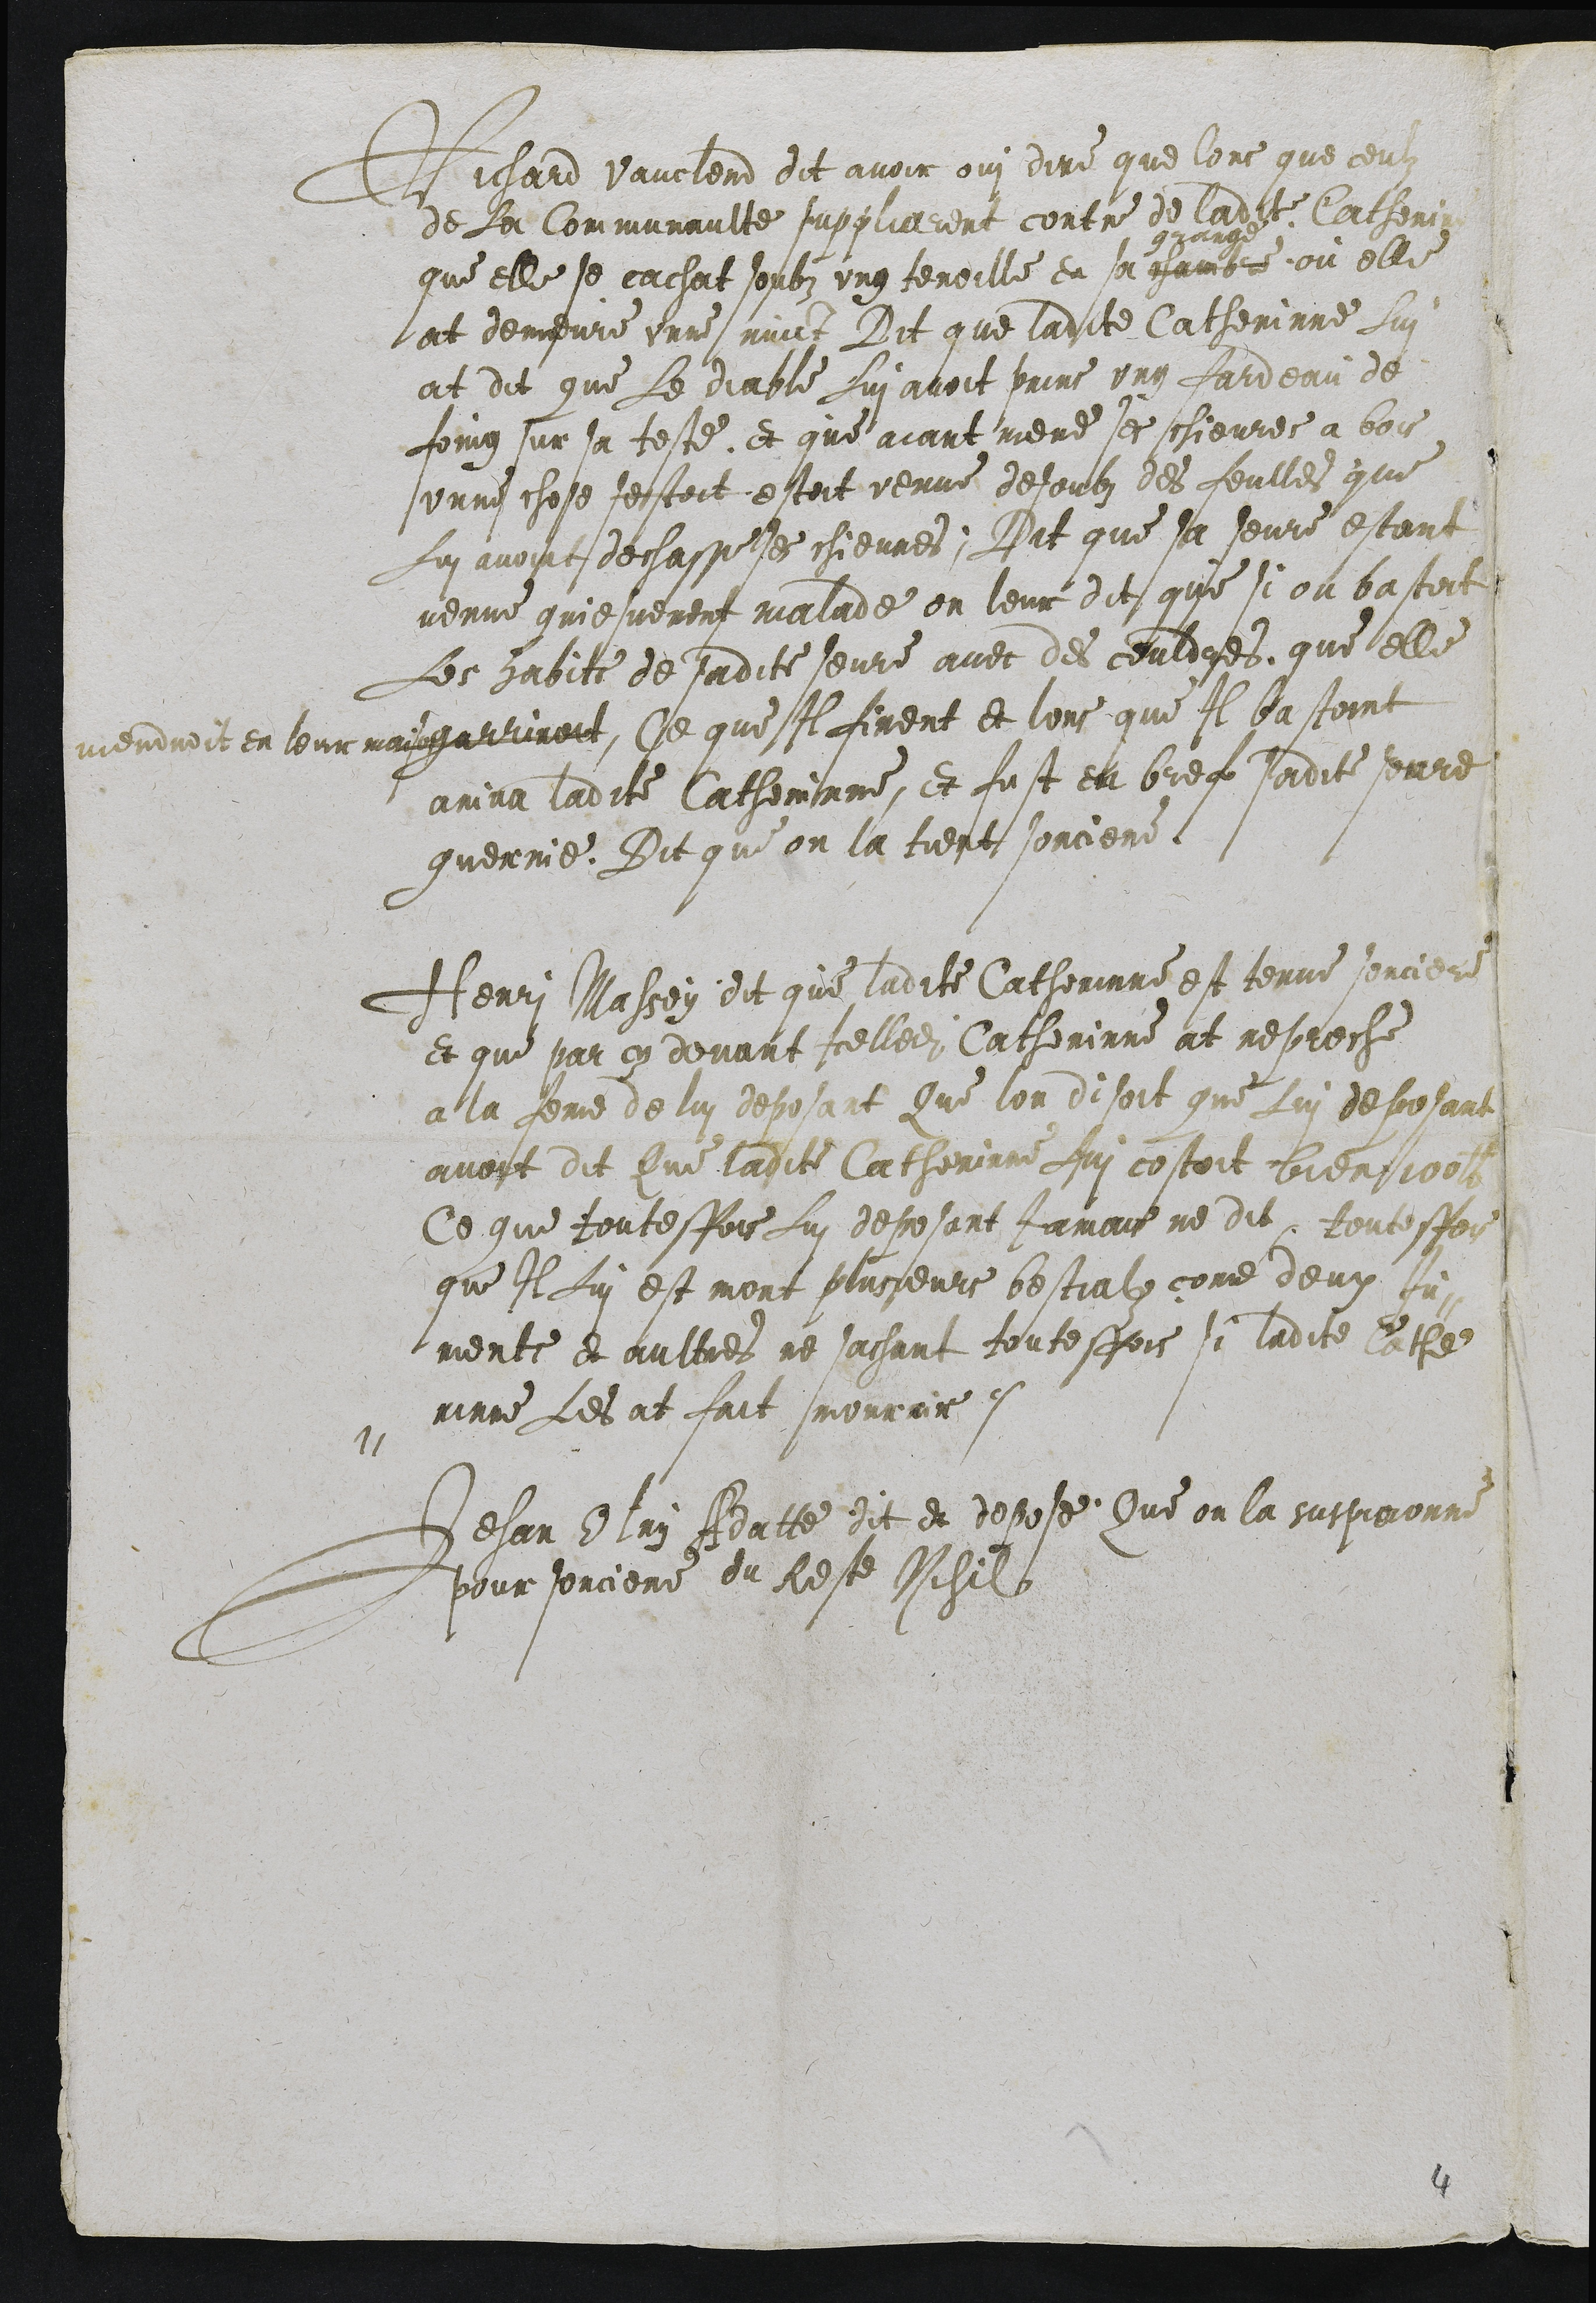
Richard Vauclerd dit avoir oui dire que lors que ceulz
de La Communaulte suppliarent contre de ladite Catherine
que elle se cachat soubz une tenoille en sa
grange
chambre ou elle
at demeure unne nuict Dit que ladite Catherinne Lui
at dit que Le diable Lui avoit prins ung fardeau de
foing sur sa teste et que aiant mene ses chievres a bois
unne chose sestoit estoit venue desoubz des feulles que
Lui avoint dechasse ses chievres; Dit que sa seure estant
venue griesvement malade on leur dit que si on bastoit
Les habits de sadite seure avec des couldres que elle
viendroit en leur maison garriroit, Ce que Il firent et lors que Il bastoint
ariva ladite Catherinne, et fust en bref sadite seure
guerrie. Dit que on la tient sorciere
Menri Massey dit que ladite Catherinne est tenue sorciere
et que par cy devant Icelledite Catherinne at reproche
a la feme de lui deposant Que lon disoit que Lui deposant
avoit dit Que ladite Catherinne Lui costoit bien 100 livres
Ce que toutesfois Lui deposant Jamais ne dit, toutesfois
que Il Lui est mort plusieurs bestialz come deux Ju-
ments et aultres ne sachant toutesfois si ladite Cathe
-rinne Les at fait mourrir.
Jehan Olry Adatte dit et depose Que on la suspicionne
pour sorciere du Reste Nihil

4